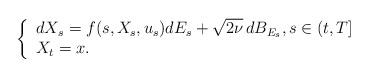
LaTeX: \begin{align*}\left\{\begin{array}{l}dX_s = f(s, X_s, u_s)dE_s + \sqrt{2 \nu}\,dB_{E_s},s \in (t,T]\\X_t=x.\end{array}\right.\end{align*}